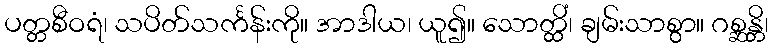
ပတ္တစီဝရံ၊ သပိတ်သင်္ကန်းကို။ အာဒါယ၊ ယူ၍။ သောတ္ထိံ၊ ချမ်းသာစွာ။ ဂစ္ဆန္တိ၊